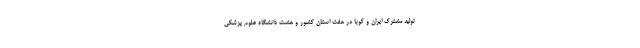
تولید مشترک ایران و کوبا در هفت استان کشور و هشت دانشگاه علوم پزشکی